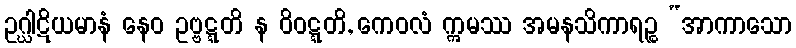
ဥဂ္ဃါဋိယမာနံ နေဝ ဥဗ္ဗဋ္ဋတိ န ဝိဝဋ္ဋတိ, ကေဝလံ ဣမဿ အမနသိကာရဉ္စ “အာကာသော